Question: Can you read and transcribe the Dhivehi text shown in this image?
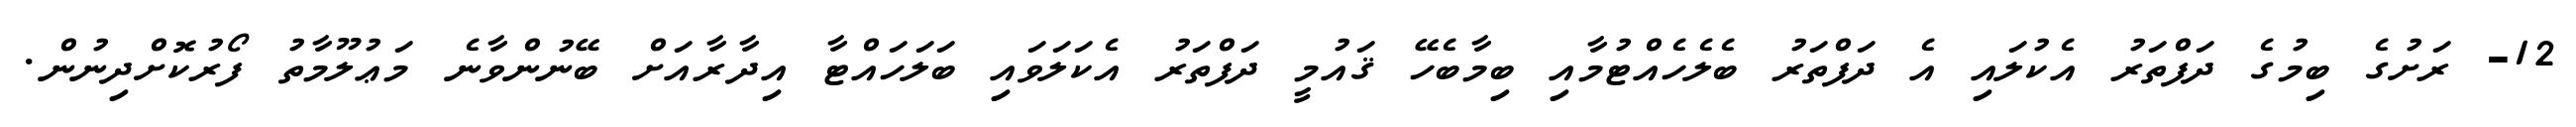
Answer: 12- ރަށުގެ ބިމުގެ ދަފްތަރު އެކުލައި އެ ދަފްތަރު ބެލެހެއްޓުމާއި ބިމާބެހޭ ޤައުމީ ދަފްތަރު އެކަލަވައި ބަލަހައްޓާ އިދާރާއަށް ބޭނުންވާނެ މަޢުލޫމާތު ފޯރުކޮށްދިނުން.